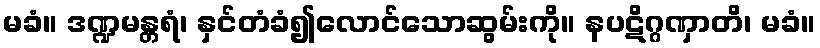
မခံ။ ဒဏ္ဍမန္တရံ၊ နှင်တံခံ၍လောင်သောဆွမ်းကို။ နပဋိဂ္ဂဏှာတိ၊ မခံ။